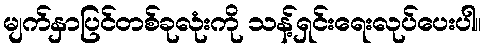
မျက်နှာပြင်တစ်ခုလုံးကို သန့်ရှင်းရေးလုပ်ပေးပါ။